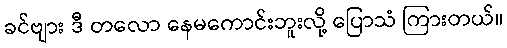
ခင်ဗျား ဒီ တလော နေမကောင်းဘူးလို့ ပြောသံ ကြားတယ်။